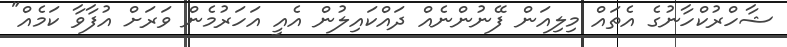
ޝާހްރުކްހާނުގެ އެތައް މިލިއަން ފޭނުންނެއް ދައްކައިލުން އެއީ އަހަރުމެން ވަރަށް އުފާވާ ކަމެއް"